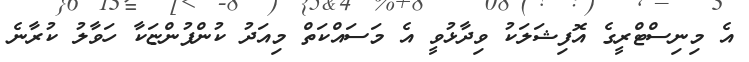
އެ މިނިސްޓްރީގެ އޮފިޝަލަކު ވިދާޅުވީ އެ މަސައްކަތް މިއަދު ކުންފުންޏަކާ ހަވާލު ކުރާނެ